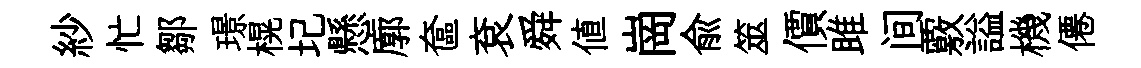
紗忙鄒璟榥圮懸廓奩袞舜值崗兪筮價雎间覈謚機僊